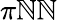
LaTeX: \pi\mathbb{N}\mathbb{N}